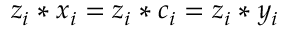
z _ { i } * x _ { i } = z _ { i } * c _ { i } = z _ { i } * y _ { i }